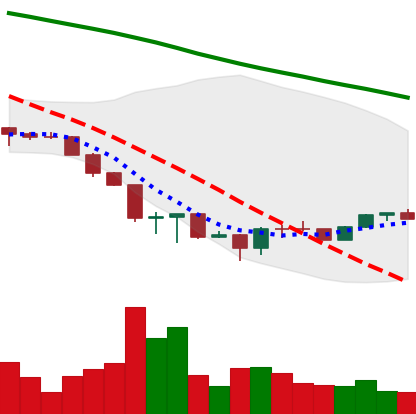
Ticker: ETH-USD
Chart end date: 2022-06-26
Forward return: -11.674%
Label: down_7plus